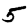
Digit: 5